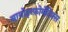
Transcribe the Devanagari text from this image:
बायोइन्फ़ोर्मेटिक्स